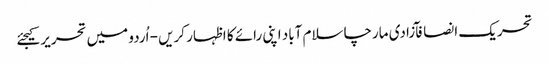
تحریک انصافآزادی مارچاسلام آباد اپنی رائے کا اظہار کریں - اُردو میں تحریر کیجئے